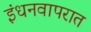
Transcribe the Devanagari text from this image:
इंधनवापरात